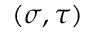
( \sigma , \tau )